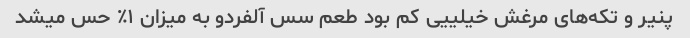
پنیر و تکه‌های مرغش خیلییی کم بود طعم سس آلفردو به میزان ۱٪ حس میشد